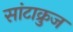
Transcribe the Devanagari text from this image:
सांटाक्रुज